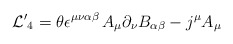
\begin{align*}{\cal L'}_4 = \theta \epsilon^{\mu\nu\alpha\beta}\,A_\mu \partial_\nu B_{\alpha\beta} - j^{\mu} A_{\mu}\end{align*}